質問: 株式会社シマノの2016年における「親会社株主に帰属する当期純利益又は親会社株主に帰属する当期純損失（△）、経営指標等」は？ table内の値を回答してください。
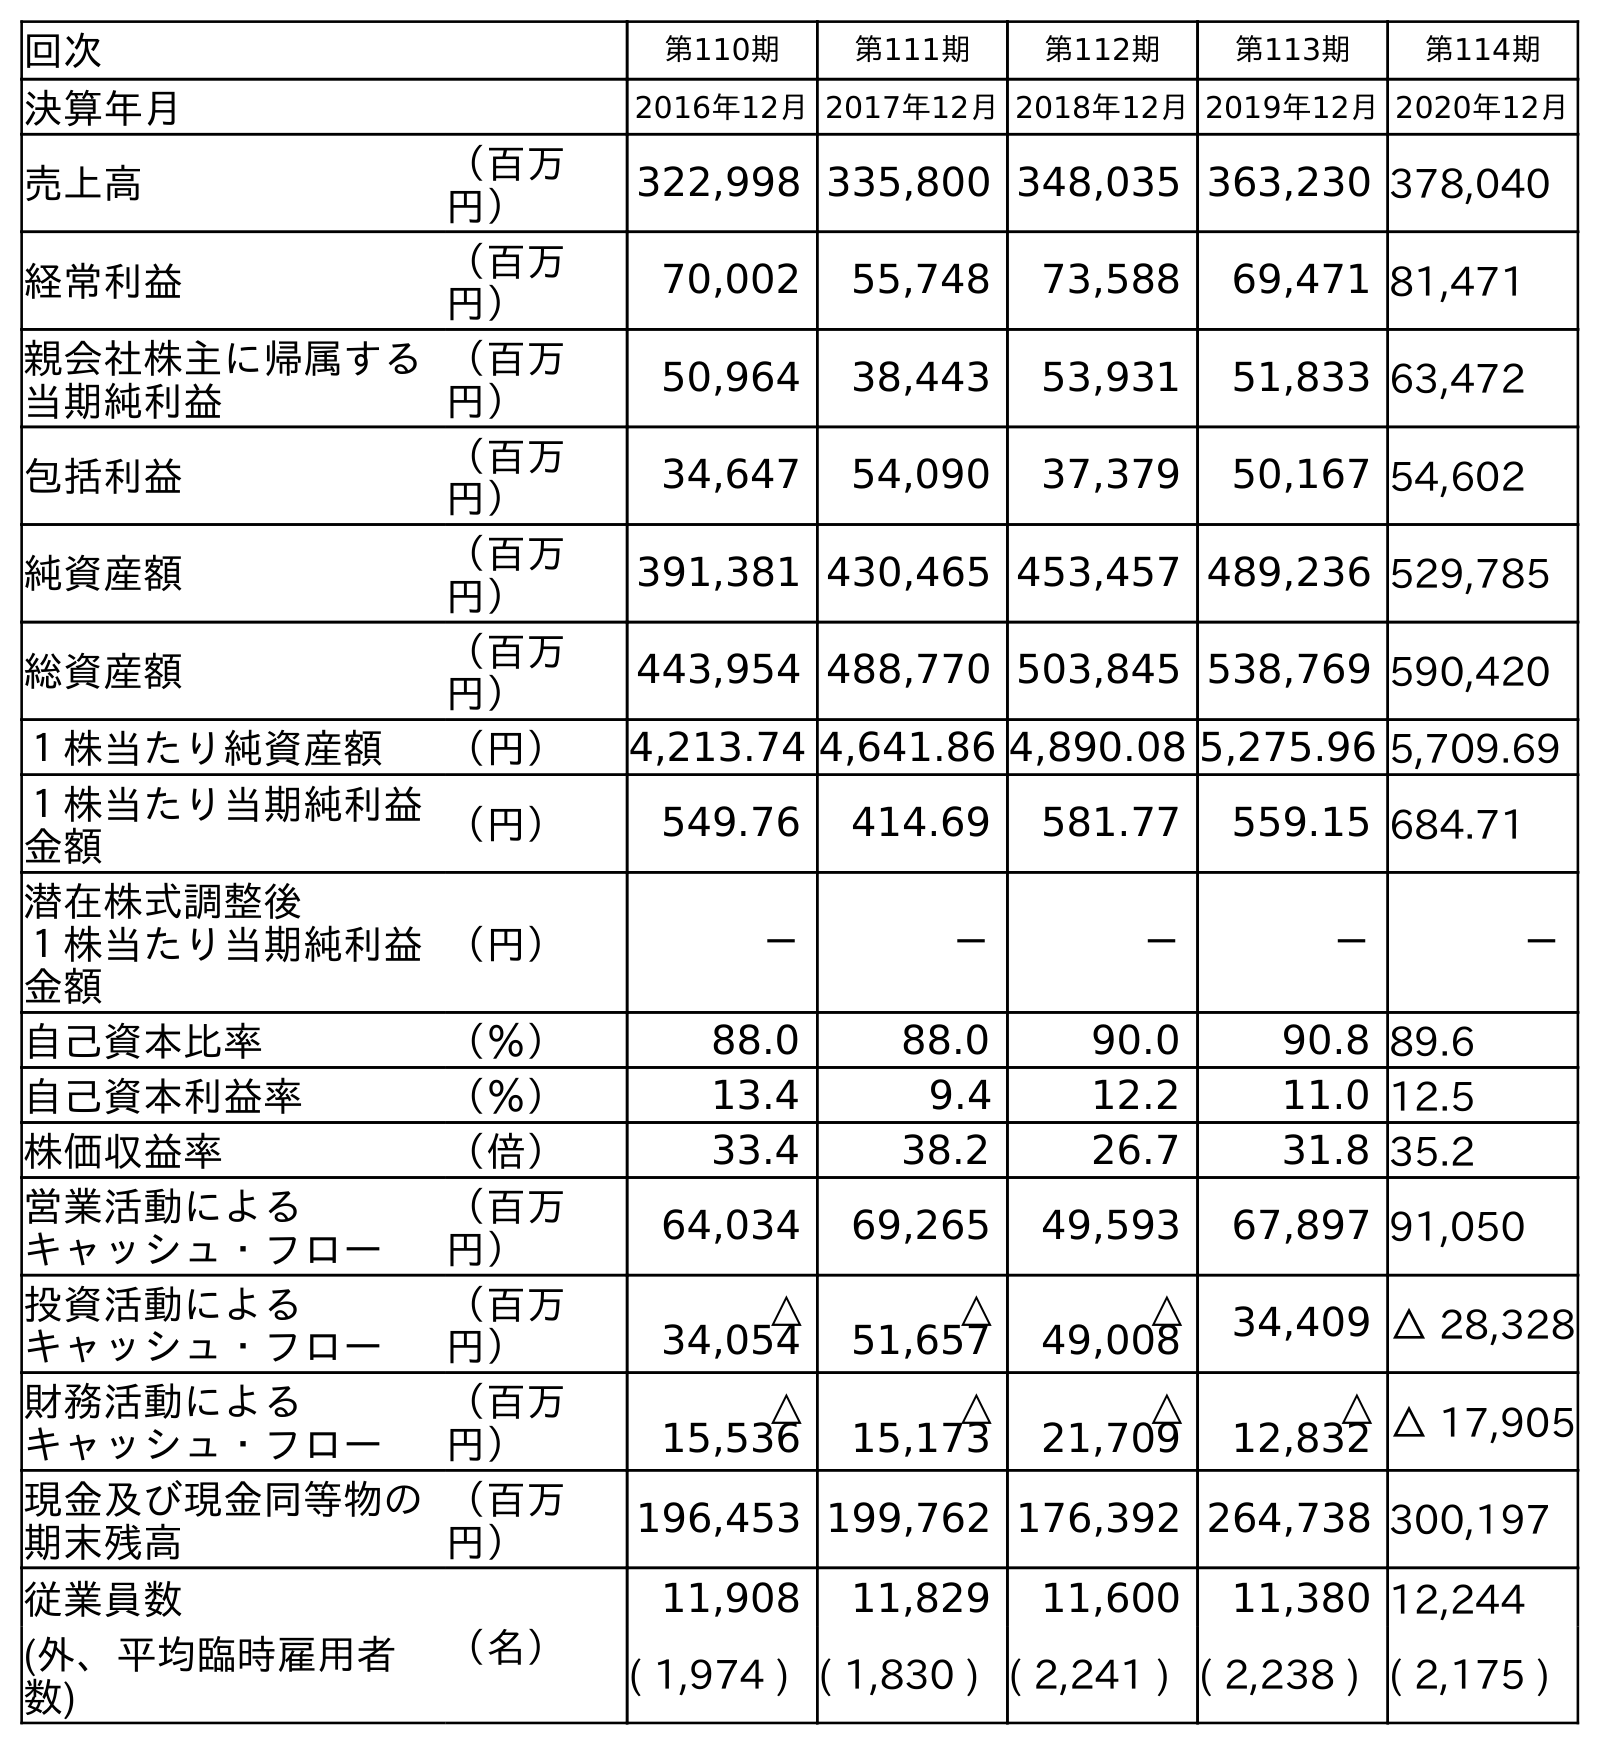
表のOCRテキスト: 回次 第110期 第111期 第112期 第113期 第114期 決算年月 2016年12月2017年12月2018年12月2019年12月2020年12月 売上高 （百万 円） 322,998 335,800 348,035 363,230 378,040 経常利益 （百万 円） 70,002 55,748 73,588 69,471 81,471 親会社株主に帰属する 当期純利益 （百万 円） 50,964 38,443 53,931 51,833 63,472 包括利益 （百万 円） 34,647 54,090 37,379 50,167 54,602 純資産額 （百万 円） 391,381 430,465 453,457 489,236 529,785 総資産額 （百万 円） 443,954 488,770 503,845 538,769 590,420 １株当たり純資産額 （円） 4,213.74 4,641.86 4,890.08 5,275.96 5,709.69 １株当たり当期純利益 金額 （円） 549.76 414.69 581.77 559.15 684.71 潜在株式調整後 １株当たり当期純利益 金額 （円） － － － － － 自己資本比率 （％） 88.0 88.0 90.0 90.8 89.6 自己資本利益率 （％） 13.4 9.4 12.2 11.0 12.5 株価収益率 （倍） 33.4 38.2 26.7 31.8 35.2 営業活動による キャッシュ・フロー （百万 円） 64,034 69,265 49,593 67,897 91,050 投資活動による キャッシュ・フロー （百万 円） △ 34,054 △ 51,657 △ 49,008 34,409 △ 28,328 財務活動による キャッシュ・フロー （百万 円） △ 15,536 △ 15,173 △ 21,709 △ 12,832 △ 17,905 現金及び現金同等物の 期末残高 （百万 円） 196,453 199,762 176,392 264,738 300,197 従業員数 （名） 11,908 11,829 11,600 11,380 12,244 (外、平均臨時雇用者 数) ( 1,974 ) ( 1,830 ) ( 2,241 ) ( 2,238 ) ( 2,175 )
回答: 50,964